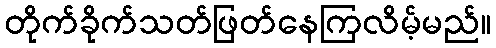
တိုက်ခိုက်သတ်ဖြတ်နေကြလိမ့်မည်။